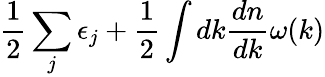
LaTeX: \frac{1}{2}\sum_{j}\epsilon_{j}+\frac{1}{2}\int dk\frac{dn}{dk}\omega(k)